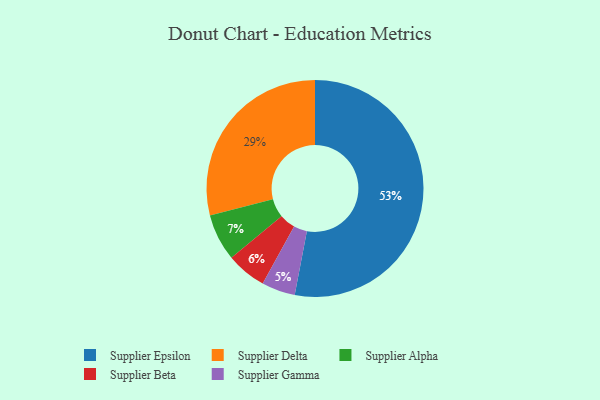
{"axis": {"x": "Category", "y": "Percentage"}, "legend": ["Supplier Alpha", "Supplier Beta", "Supplier Delta", "Supplier Epsilon", "Supplier Gamma"], "data": [{"x": "Supplier Epsilon", "y": 53, "type": "Supplier Epsilon"}, {"x": "Supplier Beta", "y": 6, "type": "Supplier Beta"}, {"x": "Supplier Delta", "y": 29, "type": "Supplier Delta"}, {"x": "Supplier Alpha", "y": 7, "type": "Supplier Alpha"}, {"x": "Supplier Gamma", "y": 5, "type": "Supplier Gamma"}]}